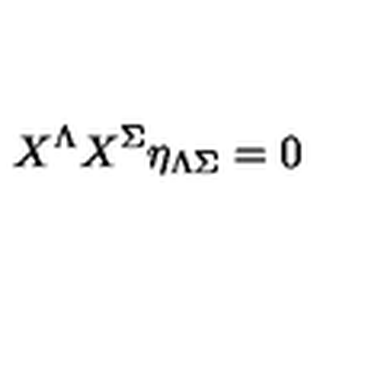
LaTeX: X ^ { \Lambda } X ^ { \Sigma } \eta _ { \Lambda \Sigma } = 0